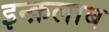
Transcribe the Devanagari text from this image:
इन्क़लाब